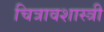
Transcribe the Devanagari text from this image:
चित्रावशास्त्री